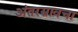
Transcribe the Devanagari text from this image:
अंतरस्रावचा